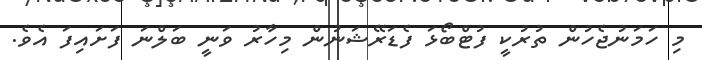
މި ހަމަނުޖެހުން ތުރުކީ ފުޓްބޯޅަ ފެޑަރޭޝަނުން މިހާރު ވަނީ ބަލްނަ ފަށައިފަ އެވެ.